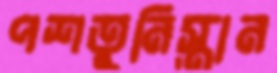
পশতুনিস্তান